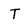
Character: T